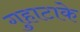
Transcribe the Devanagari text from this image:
गुहाटाके